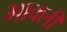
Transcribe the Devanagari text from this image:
भाक्ली